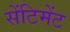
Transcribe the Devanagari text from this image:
सेंटिमेंट